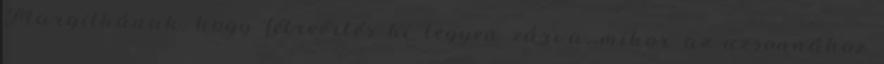
Margitkának, hogy félreértés ki legyen zárva, mikor az uzsonnához